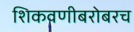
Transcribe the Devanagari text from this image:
शिकवणीबरोबरच